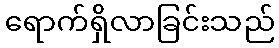
ရောက်ရှိလာခြင်းသည်